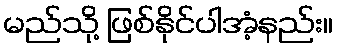
မည်သို့ ဖြစ်နိုင်ပါအံ့နည်း။